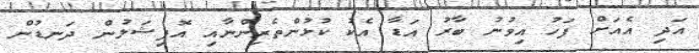
އަދި އެއަށް ފަހު އިވުނު ބާރު އަޑާ އެކު ކުޅުންތެރިންނާއި އޮފިޝަލުން ދަނޑުން